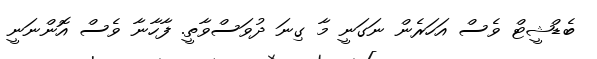
ބެޑްޝީޓް ވެސް އަހަރެން ނަގަނީ މާ ގިނަ ދުވަސްވާތީ. ފާހާނާ ވެސް އޮންނަނީ